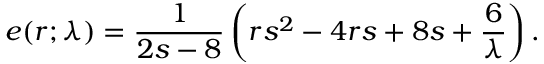
e ( r ; \lambda ) = { \frac { 1 } { 2 s - 8 } } \left( r s ^ { 2 } - 4 r s + 8 s + { \frac { 6 } { \lambda } } \right) .